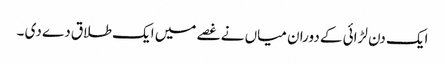
ایک دن لڑائی کے دوران میاں نے غصے میں ایک طلاق دے دی ۔